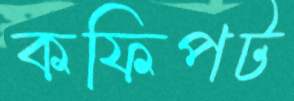
কফিপট